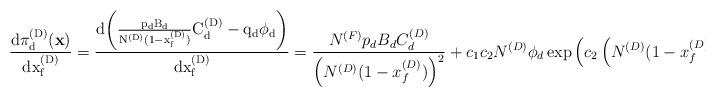
LaTeX: \begin{align*}\begin{gathered}\frac{\rm{d}\pi_d^{(D)}(\textbf{x})}{\rm{d}x_f^{(D)}}=\frac{\rm{d}{\left(\frac{p_dB_d}{N^{(D)}(1-x_f^{(D)})}C_d^{(D)}-q_d\phi_d\right)}}{\rm{d}{x_f^{(D)}}}=\frac{N^{(F)}p_dB_dC_d^{(D)}}{\left(N^{(D)}(1-x_f^{(D)})\right)^2}+c_1c_2N^{(D)}\phi_d\exp\left(c_2\left(N^{(D)}(1-x_f^{(D)})\right)\right)\end{gathered}\end{align*}